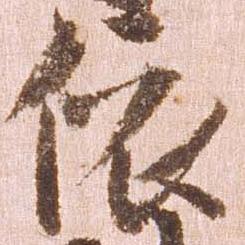
依